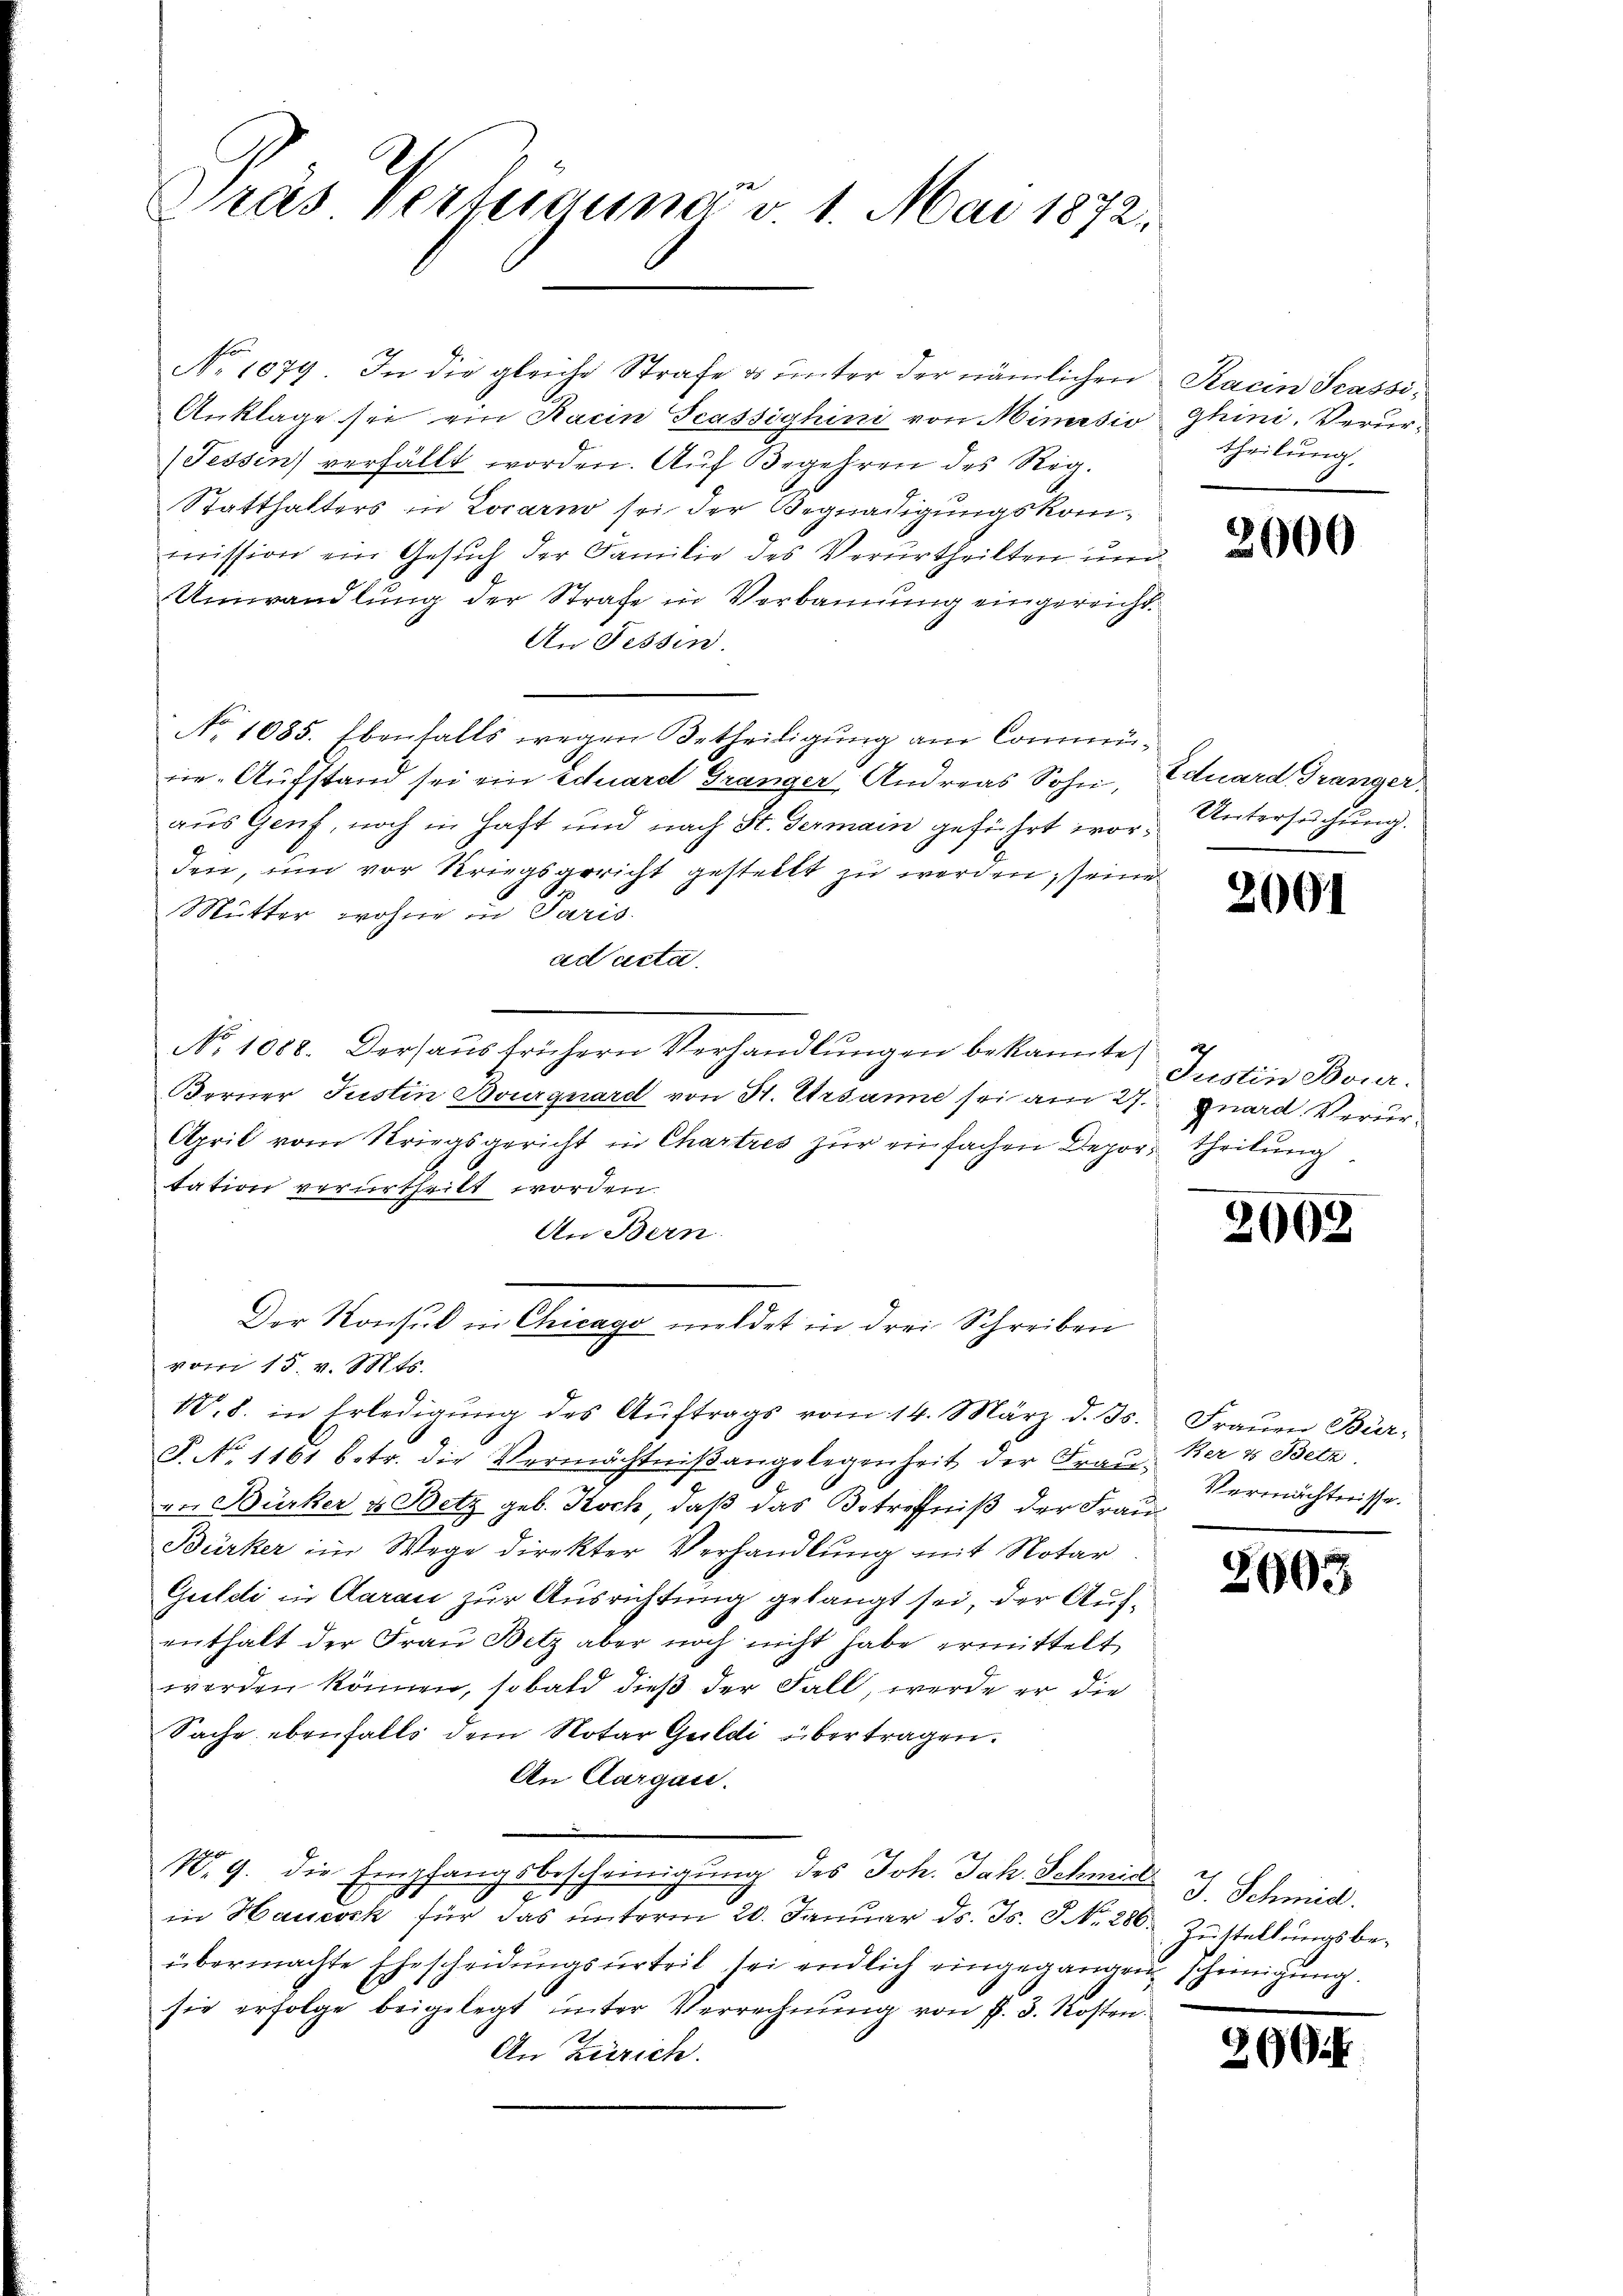
Pras Verteigung v. 1. Mai 1872:

No 1079. In die gleiche Strafe a. unter der nämlichen Kacin Passi¬
Anklage sei ein Racin Teassighini von Mimisio
(Fessen) verfällt worden. Auf Begehren des Reg.
Statthalters in Locarno sei der Begnadigungskommission ein Gesuch der Familie des Verurtheilten und
Umwandlung der Strafe in Verbannung eingereicht.
An Fessen.
No 1085. Ebenfalls wegen Betheiligung am Commune-Aufstand sei ein Eduard Gränger Andreas Sohn, Eduard Gränger
aus Genf, noch in Haft und nach St. Germain geführt wor. Untersuchung.
den, um vor Kriegsgericht gestellt zu werden, seine
Mutter wohne in Paris
ad acta.
No 1088. Dersaus frühern Verhandlungen bekannte
Berner Justin Bourgnard von St. Ersanne sei am 27. quard Verur¬
April vom Kriegsgericht in Chartres zur einfachen Depor, theilung
tation verurtheilt worden.
An Bern
Der Konsul in Chicago meldet in drei Schreiben
vom 15. v. Mts.
W. 8. in Erledigung des Aŭftrags vom 14. März d. Js.
P. No 1161 betr. die Vermächtniβ angelegenheit der Krat. Vermächtnisse.
vn Bürker & Betz geb. Koch, daß das Betreffniß der Frau¬
Bürker im Wege direkter Verhandlung mit Notar
Guldi in Aarau zur Ausrichtung gelangt sei, der Aufenthalt der Frau Betz aber noch nicht habe ermittelt
werden können, sobald dieß der Fall werde er die
Sache ebenfalls dem Notar Guldi übertragen.
An Aargau.
N. 9. die Empfangsbescheinigung des Joh. Jah. Schmied J. Schmid.
in Haueck für das ŭnterm 20. Januar d. Js. S. Nr. 286. Zustellungsbe-
übermachte Ehescheidŭngsŭrteil sei endlich eingegangen scheinigŭng.
sie erfolge beigelegt unter Verrechnung von f. 3. Kosten
An Zürich

ghini, Verurtheilung.

2600

209)

Justin Bour.

2008

Frauen Bur,
Ber & Betz

2003

26